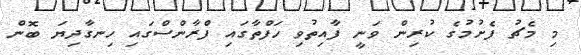
މި މެޗު ފެށުމުގެ ކުރިން ވަނީ ފާއިތުވި ހަފްތާގައި ފްރާންސްގައި ހިނގާދިޔަ ބޮން